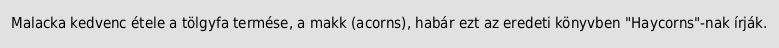
Malacka kedvenc étele a tölgyfa termése, a makk (acorns), habár ezt az eredeti könyvben "Haycorns"-nak írják.